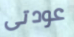
عودتى